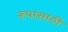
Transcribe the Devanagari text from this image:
रूपासाठी